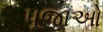
પૂજાઓ